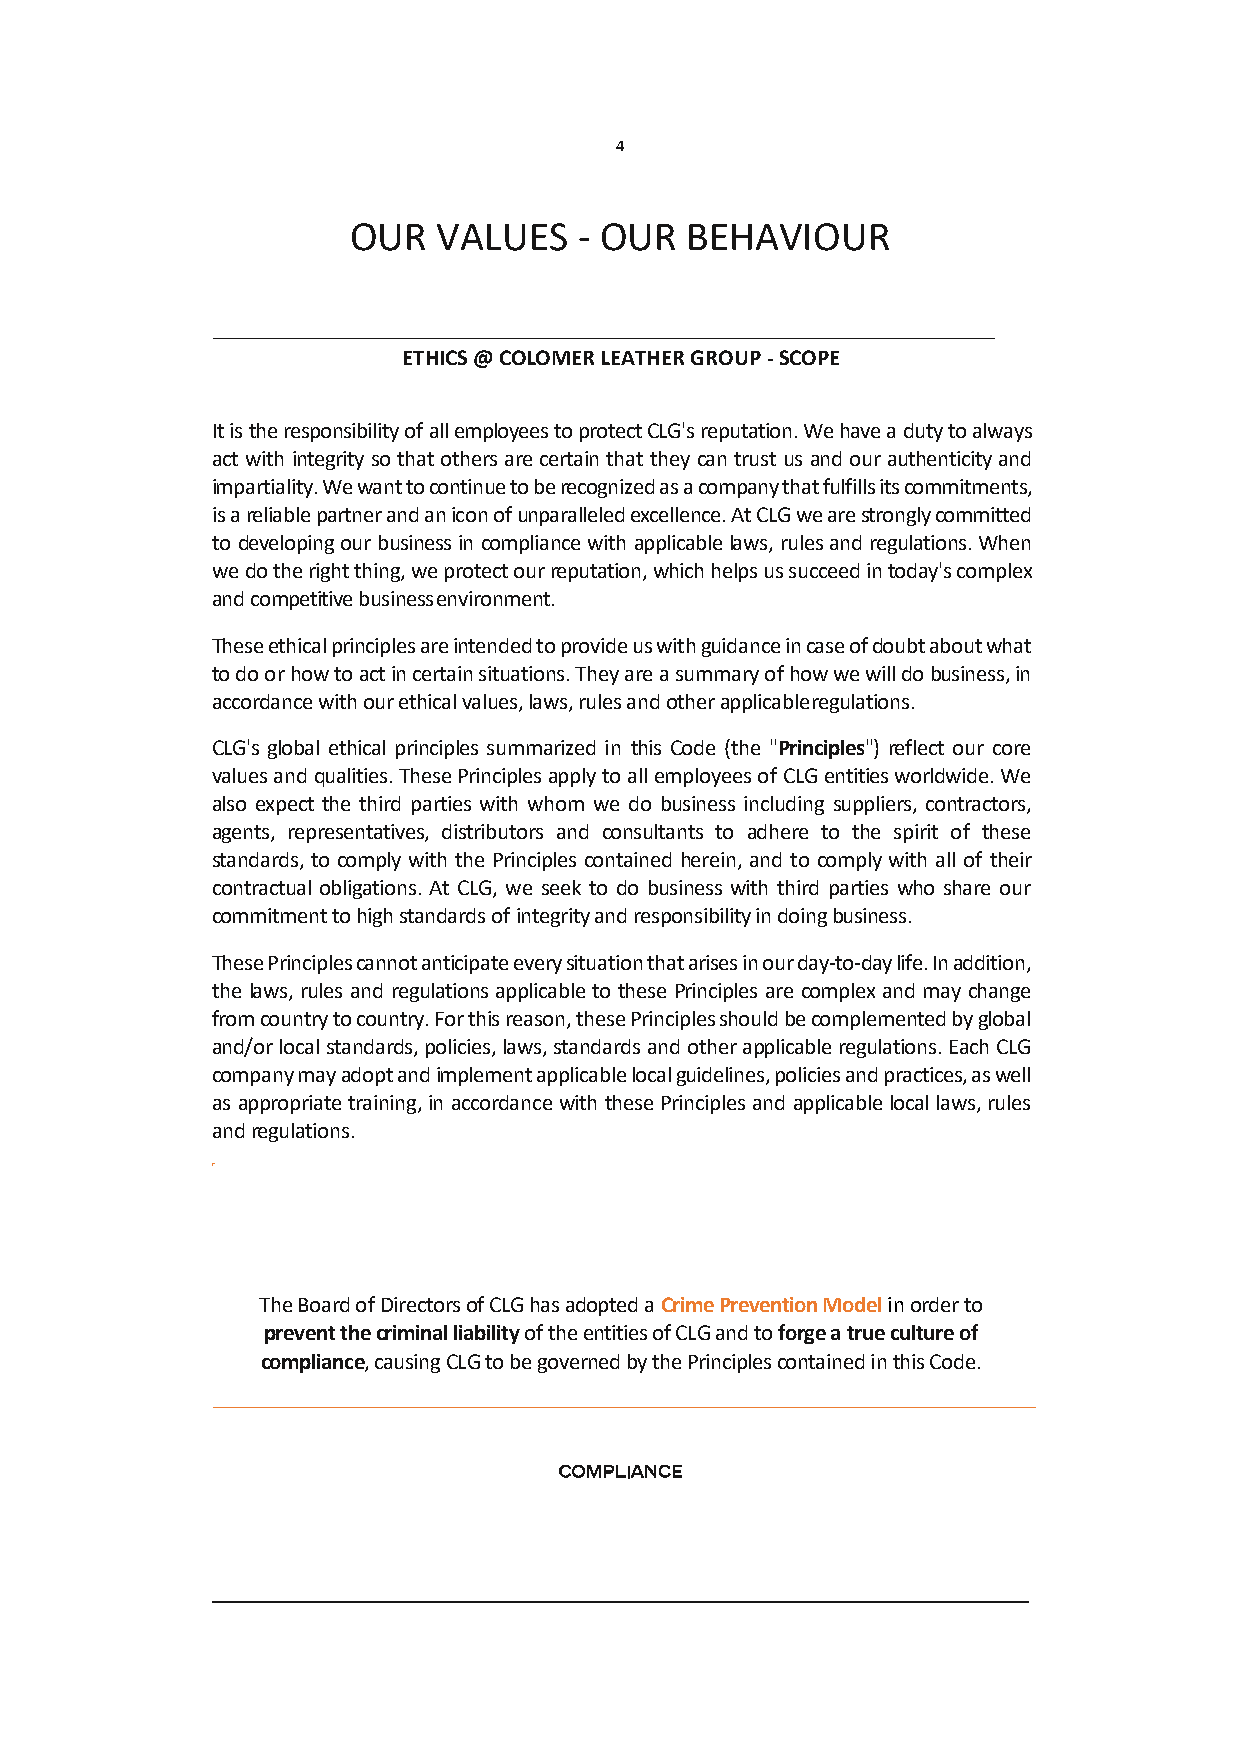
4
 OUR   VALUES   - OUR  BEHAVIOUR
 ETHICS @ COLOMER LEATHER GROUP - SCOPE
 It is the responsibility of all employees to protect CLG's reputation. We have a duty to always
 act with integrity so that others are certain that they can trust us and our authenticity and
 impartiality. We want to continue to be recognized as a company that fulfills its commitments,
 is a reliable partner and an icon of unparalleled excellence. At CLG we are strongly committed
 to developing our business in compliance with applicable laws, rules and regulations. When
 we do the right thing, we protect our reputation, which helps us succeed in today's complex
 and competitive business environment.
 These ethical principles are intended to provide us with guidance in case of doubt about what
 to do or how to act in certain situations. They are a summary of how we will do business, in
 accordance with our ethical values, laws, rules and other applicable regulations.
 CLG's global ethical principles summarized in this Code (the "Principles") reflect our core
 values and qualities. These Principles apply to all employees of CLG entities worldwide. We
 also expect the third parties with whom we do business including suppliers, contractors,
 agents, representatives, distributors and consultants to adhere to the spirit of these
 standards, to comply with the Principles contained herein, and to comply with all of their
 contractual obligations. At CLG, we seek to do business with third parties who share our
 commitment to high standards of integrity and responsibility in doing business.
 These Principles cannot anticipate every situation that arises in our day-to-day life. In addition,
 the laws, rules and regulations applicable to these Principles are complex and may change
 from country to country. For this reason, these Principles should be complemented by global
 and/or local standards, policies, laws, standards and other applicable regulations. Each CLG
 company may adopt and implement applicable local guidelines, policies and practices, as well
 as appropriate training, in accordance with these Principles and applicable local laws, rules
 and regulations.
 The Board of Directors of CLG has adopted a Crime Prevention Model in order to
 prevent the criminal liability of the entities of CLG and to forge a true culture of
 compliance, causing CLG to be governed by the Principles contained in this Code.